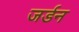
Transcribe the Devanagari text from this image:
जर्डन